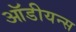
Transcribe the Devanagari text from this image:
ऑडीयन्स